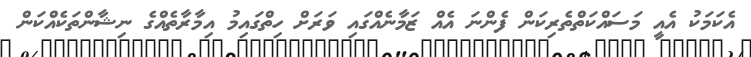
އެކަމަކު އެއީ މަސައްކަތްތެރިކަން ފެންނަ އެއް ޒަމާނެއްގައި ވަރަށް ހިތްގައިމު އިމާރާތެއްގެ ނިޝާންތަކެއްކަން